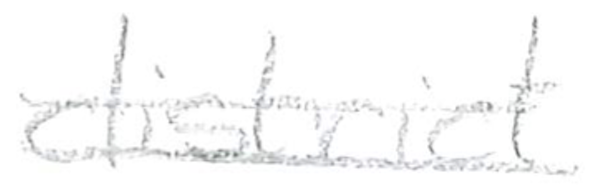
Text: district
Cross-out: double-line
Writing tool: pencil